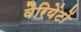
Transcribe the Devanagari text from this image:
वैरियेंटों